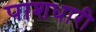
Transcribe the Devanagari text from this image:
पाशधारी